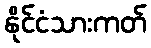
နိုင်ငံသားကတ်